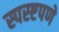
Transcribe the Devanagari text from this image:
स्पस्ष्टपणे